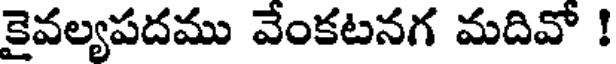
కైవల్యపదము వేంకటనగ మదివో !